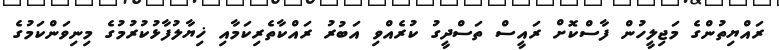
ރައްޔިތުންގެ މަޖިލީހުން ފާސްކޮށް ރައީސް ތަސްދީގު ކުރެއްވި އަބުރު ރައްކާތެރިކަމާއި ޚިޔާލުފާޅުކުރުމުގެ މިނިވަންކަމުގެ